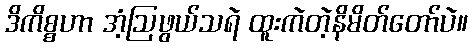
ဒိကိစ္စဟာ အံ့ဩဖွယ်သရဲ ထူးကဲတဲ့နိမိတ်တော်ပဲ။